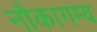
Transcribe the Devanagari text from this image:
नौकागम्य